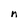
Character: n